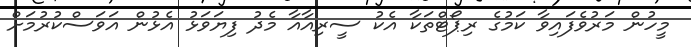
މީހުން މަރުވެފައިވާ ކަމުގެ ރިޕޯޓްތަކާ އެކު ސީރިއާއާ މެދު ފިޔަވަޅު އެޅުން އަވަސްކުރުމަށް